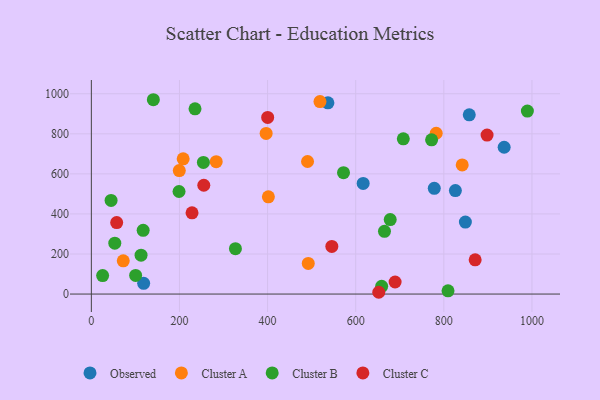
{"axis": {"x": "Study Hours", "y": "Salary"}, "legend": ["Cluster A", "Cluster B", "Cluster C", "Observed"], "data": [{"x": "536.9", "y": 954.7, "type": "Observed"}, {"x": "778.3", "y": 527.8, "type": "Observed"}, {"x": "936.9", "y": 733.0, "type": "Observed"}, {"x": "616.9", "y": 552.6, "type": "Observed"}, {"x": "848.9", "y": 359.6, "type": "Observed"}, {"x": "826.2", "y": 516.5, "type": "Observed"}, {"x": "857.7", "y": 895.1, "type": "Observed"}, {"x": "118.7", "y": 53.8, "type": "Observed"}, {"x": "782.7", "y": 802.8, "type": "Cluster A"}, {"x": "283.4", "y": 660.8, "type": "Cluster A"}, {"x": "841.7", "y": 644.9, "type": "Cluster A"}, {"x": "492.3", "y": 152.8, "type": "Cluster A"}, {"x": "199.6", "y": 616.7, "type": "Cluster A"}, {"x": "396.7", "y": 802.1, "type": "Cluster A"}, {"x": "490.7", "y": 661.8, "type": "Cluster A"}, {"x": "208.4", "y": 675.1, "type": "Cluster A"}, {"x": "518.9", "y": 960.9, "type": "Cluster A"}, {"x": "401.8", "y": 485.7, "type": "Cluster A"}, {"x": "72.4", "y": 166.1, "type": "Cluster A"}, {"x": "235.3", "y": 925.0, "type": "Cluster B"}, {"x": "809.5", "y": 16.0, "type": "Cluster B"}, {"x": "678.3", "y": 372.0, "type": "Cluster B"}, {"x": "989.6", "y": 913.6, "type": "Cluster B"}, {"x": "772.2", "y": 770.3, "type": "Cluster B"}, {"x": "199.0", "y": 512.1, "type": "Cluster B"}, {"x": "100.5", "y": 93.0, "type": "Cluster B"}, {"x": "25.6", "y": 92.5, "type": "Cluster B"}, {"x": "658.9", "y": 38.7, "type": "Cluster B"}, {"x": "572.3", "y": 606.1, "type": "Cluster B"}, {"x": "44.8", "y": 467.5, "type": "Cluster B"}, {"x": "53.2", "y": 254.0, "type": "Cluster B"}, {"x": "112.8", "y": 194.3, "type": "Cluster B"}, {"x": "708.0", "y": 775.3, "type": "Cluster B"}, {"x": "665.3", "y": 313.0, "type": "Cluster B"}, {"x": "140.7", "y": 970.3, "type": "Cluster B"}, {"x": "254.3", "y": 657.2, "type": "Cluster B"}, {"x": "327.0", "y": 226.6, "type": "Cluster B"}, {"x": "117.6", "y": 318.0, "type": "Cluster B"}, {"x": "652.3", "y": 8.9, "type": "Cluster C"}, {"x": "57.5", "y": 356.8, "type": "Cluster C"}, {"x": "545.8", "y": 237.6, "type": "Cluster C"}, {"x": "400.2", "y": 882.0, "type": "Cluster C"}, {"x": "871.1", "y": 170.9, "type": "Cluster C"}, {"x": "689.4", "y": 60.2, "type": "Cluster C"}, {"x": "255.2", "y": 543.2, "type": "Cluster C"}, {"x": "228.5", "y": 405.8, "type": "Cluster C"}, {"x": "898.1", "y": 793.8, "type": "Cluster C"}]}